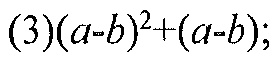
(3)\((a - b)^{2}+(a - b)\);